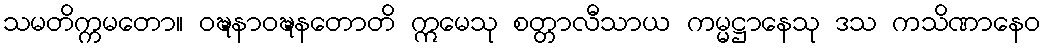
သမတိက္ကမတော။ ဝဍ္ဎနာဝဍ္ဎနတောတိ ဣမေသု စတ္တာလီသာယ ကမ္မဋ္ဌာနေသု ဒသ ကသိဏာနေဝ